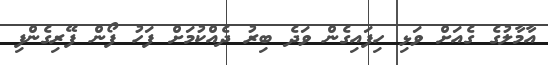
އާމާލުގެ ގެއަށް ވަޅި ހިފައިގެން ވަދެ ބިރު ދެއްކުމަށް ފަހު ފޯން ފޭރިގެންފި